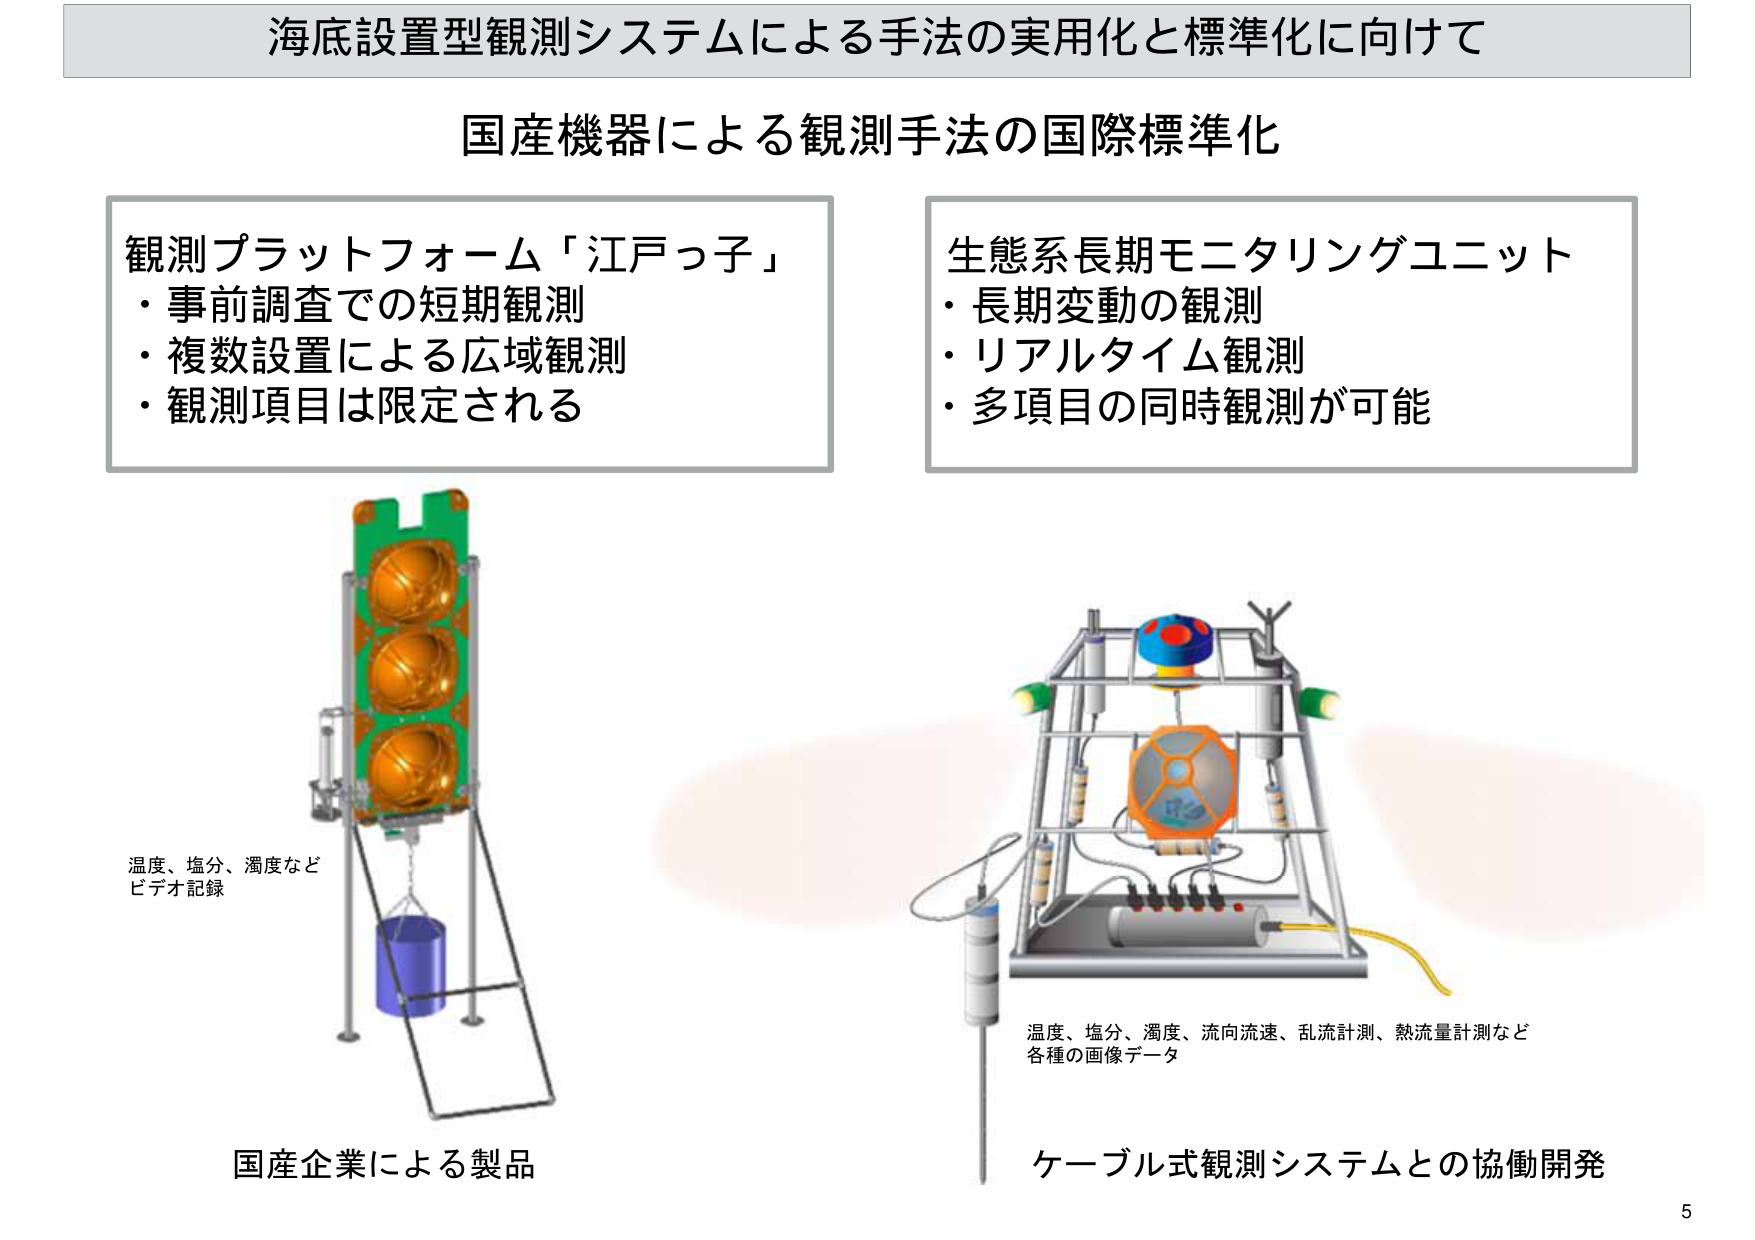
海底設置型観測システムによる手法の実用化と標準化に向けて

国産機器による観測手法の国際標準化

観測プラットフォーム「江戸っ子」
・事前調査での短期観測
・複数設置による広域観測
・観測項目は限定される

生態系長期モニタリングユニット
・長期変動の観測
・リアルタイム観測
・多項目の同時観測が可能

温度、塩分、濁度など
ビデオ記録

国産企業による製品

温度、塩分、濁度、流向流速、乱流計測、熱流量計測など
各種の画像データ

ケーブル式観測システムとの協働開発

5